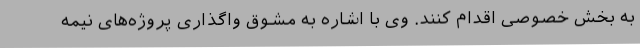
به بخش خصوصی اقدام کنند. وی با اشاره به مشوق واگذاری پروژه‌های نیمه